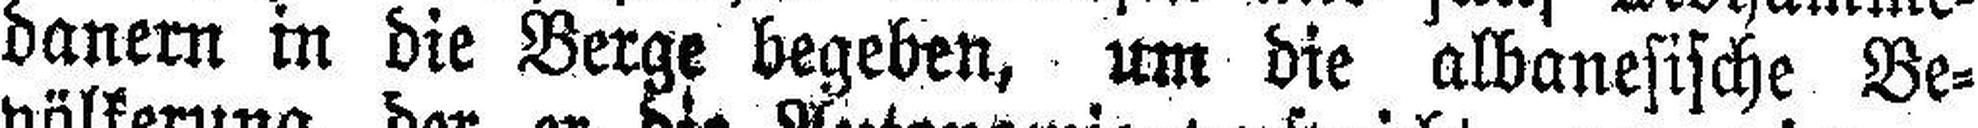
danern in die Berge begeben, um die albanesische Be¬